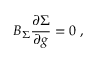
B _ { \Sigma } \frac { \partial \Sigma } { \partial g } = 0 \; ,